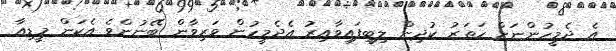
އެ ދެމީހުންނަށް ހަތަރު ކުދިން ލިބިފައިވާއިރު އެދެމީހުން ވަރިވާން ބޭނުންވެ އެކަން މީޑިއާ